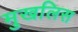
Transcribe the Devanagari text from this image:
मुखलिस